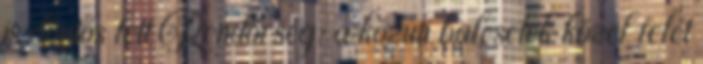
is döntős lett Rendőrség: a közúti balesetek közel felét